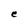
Character: e